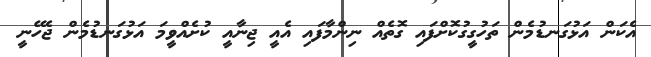
އެކަން އަޅުގަނޑުމެން ތަހުގީގުކޮށްފައި ގޮތެއް ނިންމާފައި އެއީ ޖިނާއީ ކުށެއްވީމަ އަޅުގަނޑުމެން ޖެހޭނީ